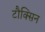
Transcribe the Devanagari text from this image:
टौक्सिन